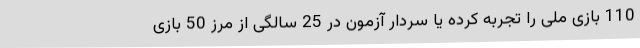
110 بازی ملی را تجربه کرده یا سردار آزمون در 25 سالگی از مرز 50 بازی